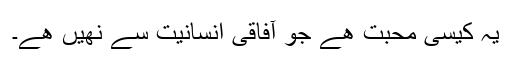
یہ کیسی محبت ھے جو آفاقی انسانیت سے نھیں ھے۔